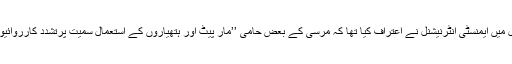
رواں ہفتے کے اوائل میں ایمنسٹی انٹرنیشنل نے اعتراف کیا تھا کہ مرسی کے بعض حامی ’’مار پیٹ اور ہتھیاروں کے استعمال سمیت پرتشدد کارروائیوں‘‘ میں ملوث تھے۔